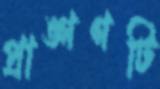
প্রাঙ্গণটি